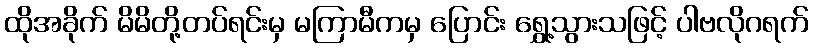
ထိုအခိုက် မိမိတို့တပ်ရင်းမှ မကြာမီကမှ ပြောင်း ရွှေ့သွားသဖြင့် ပါဗလိုဂရက်